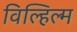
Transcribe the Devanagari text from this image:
विल्हिल्म